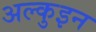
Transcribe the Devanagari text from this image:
अल्कुइन